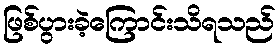
ဖြစ်ပွားခဲ့ကြောင်းသိရသည်